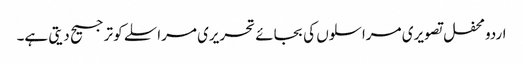
اردو محفل تصویری مراسلوں کی بجائے تحریری مراسلے کو ترجیح دیتی ہے۔